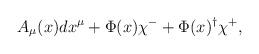
LaTeX: \begin{align*}A_\mu(x) dx^\mu + \Phi(x) \chi^- +\Phi(x)^\dagger \chi^+,\end{align*}